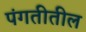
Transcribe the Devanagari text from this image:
पंगतीतील